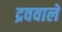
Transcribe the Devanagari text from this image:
द्रववाले